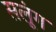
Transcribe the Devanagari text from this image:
सलूंग